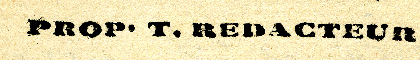
PROP. T. REDACTEUR